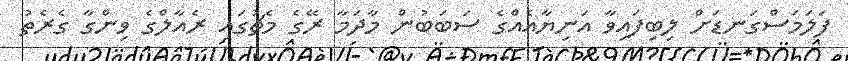
ފަލަމަސްގަނޑަށް ލިބިފައިވާ އަނިޔާއެއްގެ ސަބަބުން މާދަމާ ރޭގެ މެޗުގައި ރެއާލްގެ ވިންގާ ގެރެތު